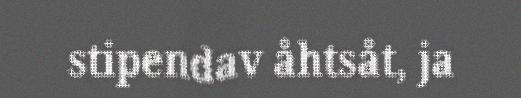
stipendav åhtsåt, ja